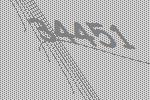
34451